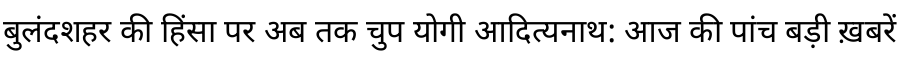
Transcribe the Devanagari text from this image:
बुलंदशहर की हिंसा पर अब तक चुप योगी आदित्यनाथ: आज की पांच बड़ी ख़बरें